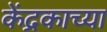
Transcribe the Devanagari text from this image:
केंद्रकाच्या